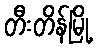
တီးတိန်မြို့